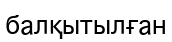
балқытылған